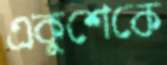
একুশেকে